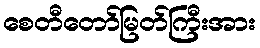
စေတီတော်မြတ်ကြီးအား